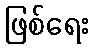
ဖြစ်ရေး